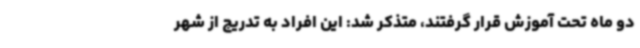
دو ماه تحت آموزش قرار گرفتند، متذکر شد: این افراد به تدریج از شهر